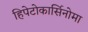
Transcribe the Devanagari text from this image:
हिपेटोकार्सिनोमा